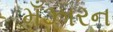
મઁઝારન